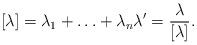
LaTeX: \begin{align*}[\lambda] = \lambda_1 + \ldots + \lambda_n \lambda' = \frac{\lambda}{[\lambda]}.\end{align*}